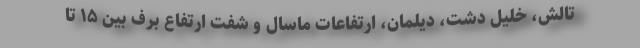
تالش، خلیل دشت، دیلمان، ارتفاعات ماسال و شفت ارتفاع برف بین ۱۵ تا